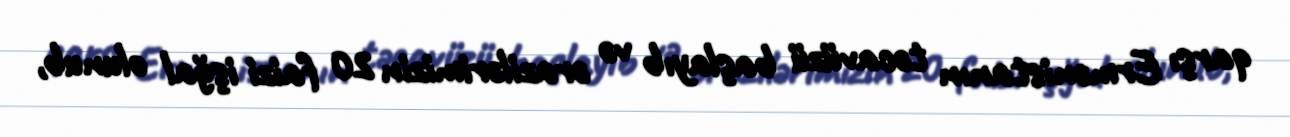
qarşı Ermənistanın təcavüzü başlayıb və ərazilərimizin 20 faizi işğal olunub,